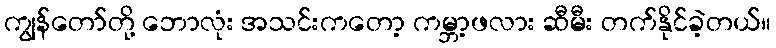
ကျွန်တော်တို့ ဘောလုံး အသင်းကတော့ ကမ္ဘာ့ဖလား ဆီမီး တက်နိုင်ခဲ့တယ်။